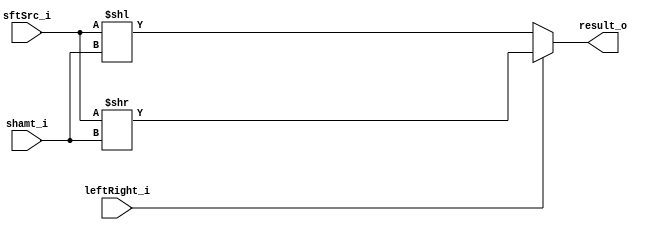
module Shifter (
    result_o,
    leftRight_i,
    shamt_i,
    sftSrc_i
);

  //I/O ports
  output [32-1:0] result_o;

  input leftRight_i;
  input [32-1:0] shamt_i;
  input [32-1:0] sftSrc_i;

  //Internal Signals
  wire [32-1:0] result_o;

  //Main function
  reg [32-1:0] result1;
  /*your code here*/
  always@(leftRight_i or sftSrc_i or shamt_i)
  begin
    result1 <= (leftRight_i == 1'b0) ? sftSrc_i << shamt_i : sftSrc_i >> shamt_i;
  end
  assign result_o = result1;
endmodule